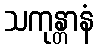
သကုန္တာနံ